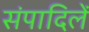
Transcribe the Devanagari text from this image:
संपादिलें